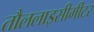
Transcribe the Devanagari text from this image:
तौललाइसीमीटर